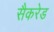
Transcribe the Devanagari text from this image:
सैकरेड